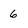
Character: 6